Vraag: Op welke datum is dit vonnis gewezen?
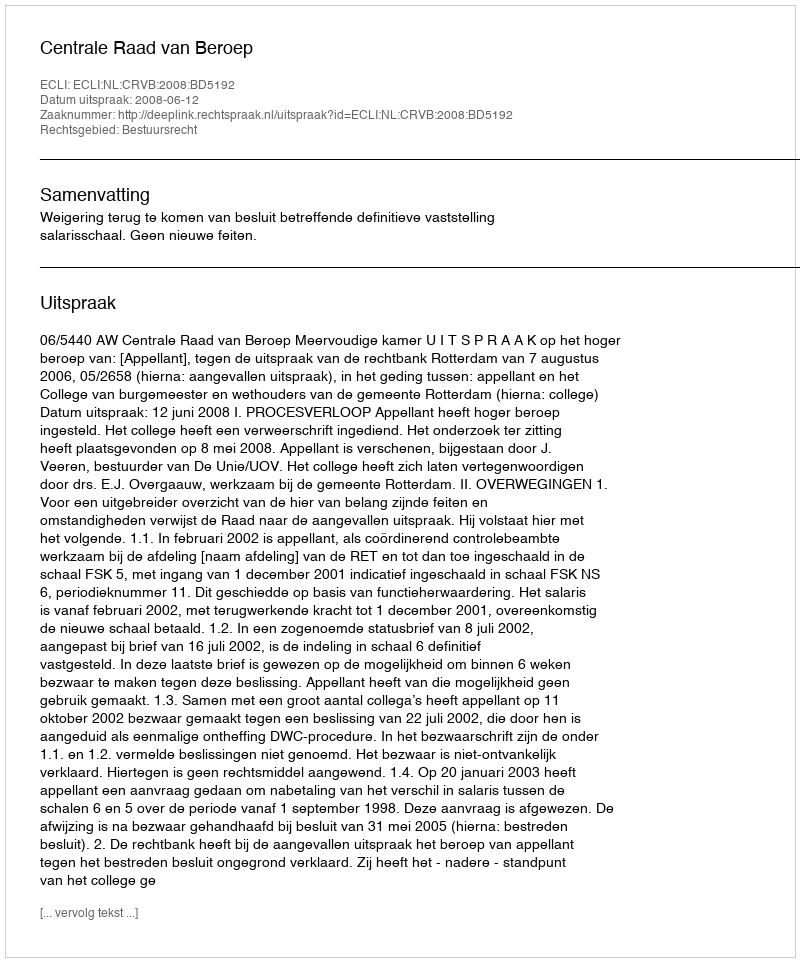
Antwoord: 2008-06-12